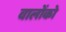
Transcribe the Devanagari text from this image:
वालोंको